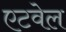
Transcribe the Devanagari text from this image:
एटवेल